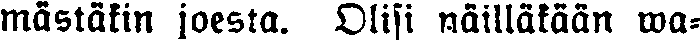
mästäkin joesta. Olisi näilläkään wa-